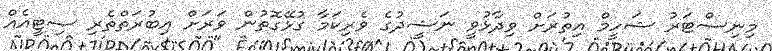
މިނިސްޓަރު ޝަހީމް އިތުރަށް ވިދާޅުވީ ނަޝީދުގެ ވެރިކަމާ ގުޅޭގޮތުން ވަރަށް އިބުރަތްތެރި ސިޓީއެއް